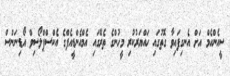
ސީއެންއެމް އަށް އެނގިފައިވާ ގޮތުގައި ހައްޔަރުކުރި މީހުންގެ ތެރޭގައި އެމްއެންޑީއެފްގެ އެކްސްޕްލޯސިވް އޯޑިނަންސް